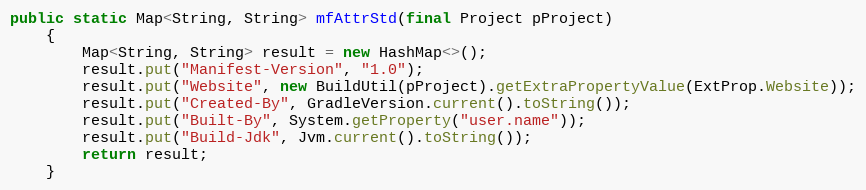
Language: Java
public static Map<String, String> mfAttrStd(final Project pProject)
    {
        Map<String, String> result = new HashMap<>();
        result.put("Manifest-Version", "1.0");
        result.put("Website", new BuildUtil(pProject).getExtraPropertyValue(ExtProp.Website));
        result.put("Created-By", GradleVersion.current().toString());
        result.put("Built-By", System.getProperty("user.name"));
        result.put("Build-Jdk", Jvm.current().toString());
        return result;
    }